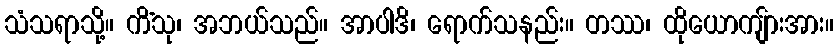
သံသရာသို့။ ကိံသု၊ အဘယ်သည်။ အာပါဒိ၊ ရောက်သနည်း။ တဿ၊ ထိုယောကျ်ားအား။